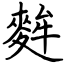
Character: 麰